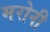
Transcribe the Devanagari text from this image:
मरोनी